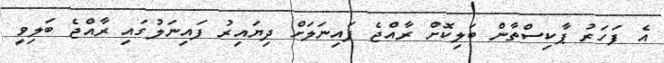
އެ ފަހަރު ޕާކިސްތާން ބަލިކޮށް ރާއްޖެ ފައިނަލަށް ދިޔައިރު ފައިނަލުގައި ރާއްޖެ ބަލިވީ